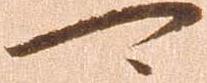
可